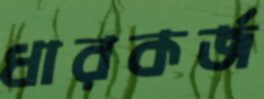
ধারকর্জ